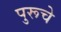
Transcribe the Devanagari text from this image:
पुरूचे